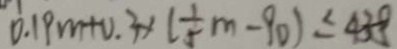
0 . 1 9 m + 0 . 3 + ( \frac { 1 } { 5 } m - 9 0 ) \leq 4 3 8